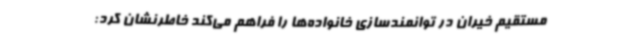
مستقیم خیران در توانمندسازی خانواده‌ها را فراهم می‌کند خاطرنشان کرد: